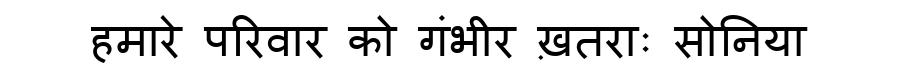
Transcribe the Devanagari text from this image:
हमारे परिवार को गंभीर ख़तराः सोनिया